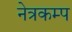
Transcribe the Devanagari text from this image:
नेत्रकम्प